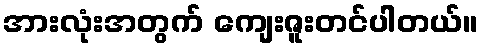
အားလုံးအတွက် ကျေးဇူးတင်ပါတယ်။